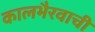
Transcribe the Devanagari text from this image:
कालभैरवाची